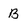
Character: B